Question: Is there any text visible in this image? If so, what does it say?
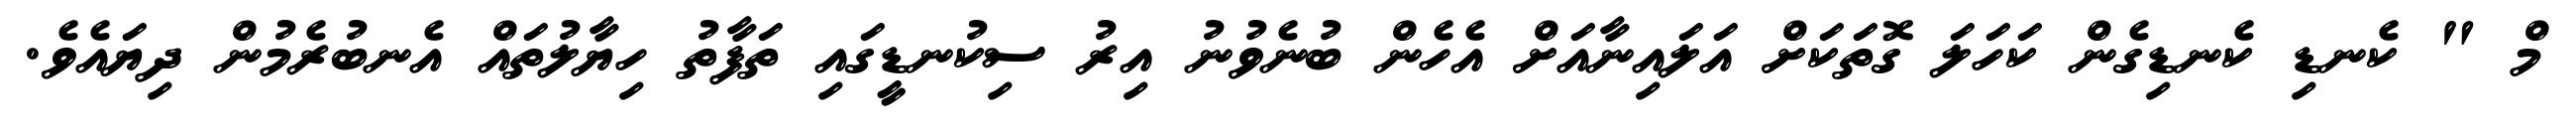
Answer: މް " ކެނޑި ކެނޑިގެން ކަހަލަ ގޮތަކަށް އަލައިނާއަށް އެހެން ބުނެވުނު އިރު ސިކުނޑީގައި ތަފާތު ހިޔާލުތައް އެނބުރެމުން ދިޔައެވެ.